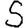
Digit: 5